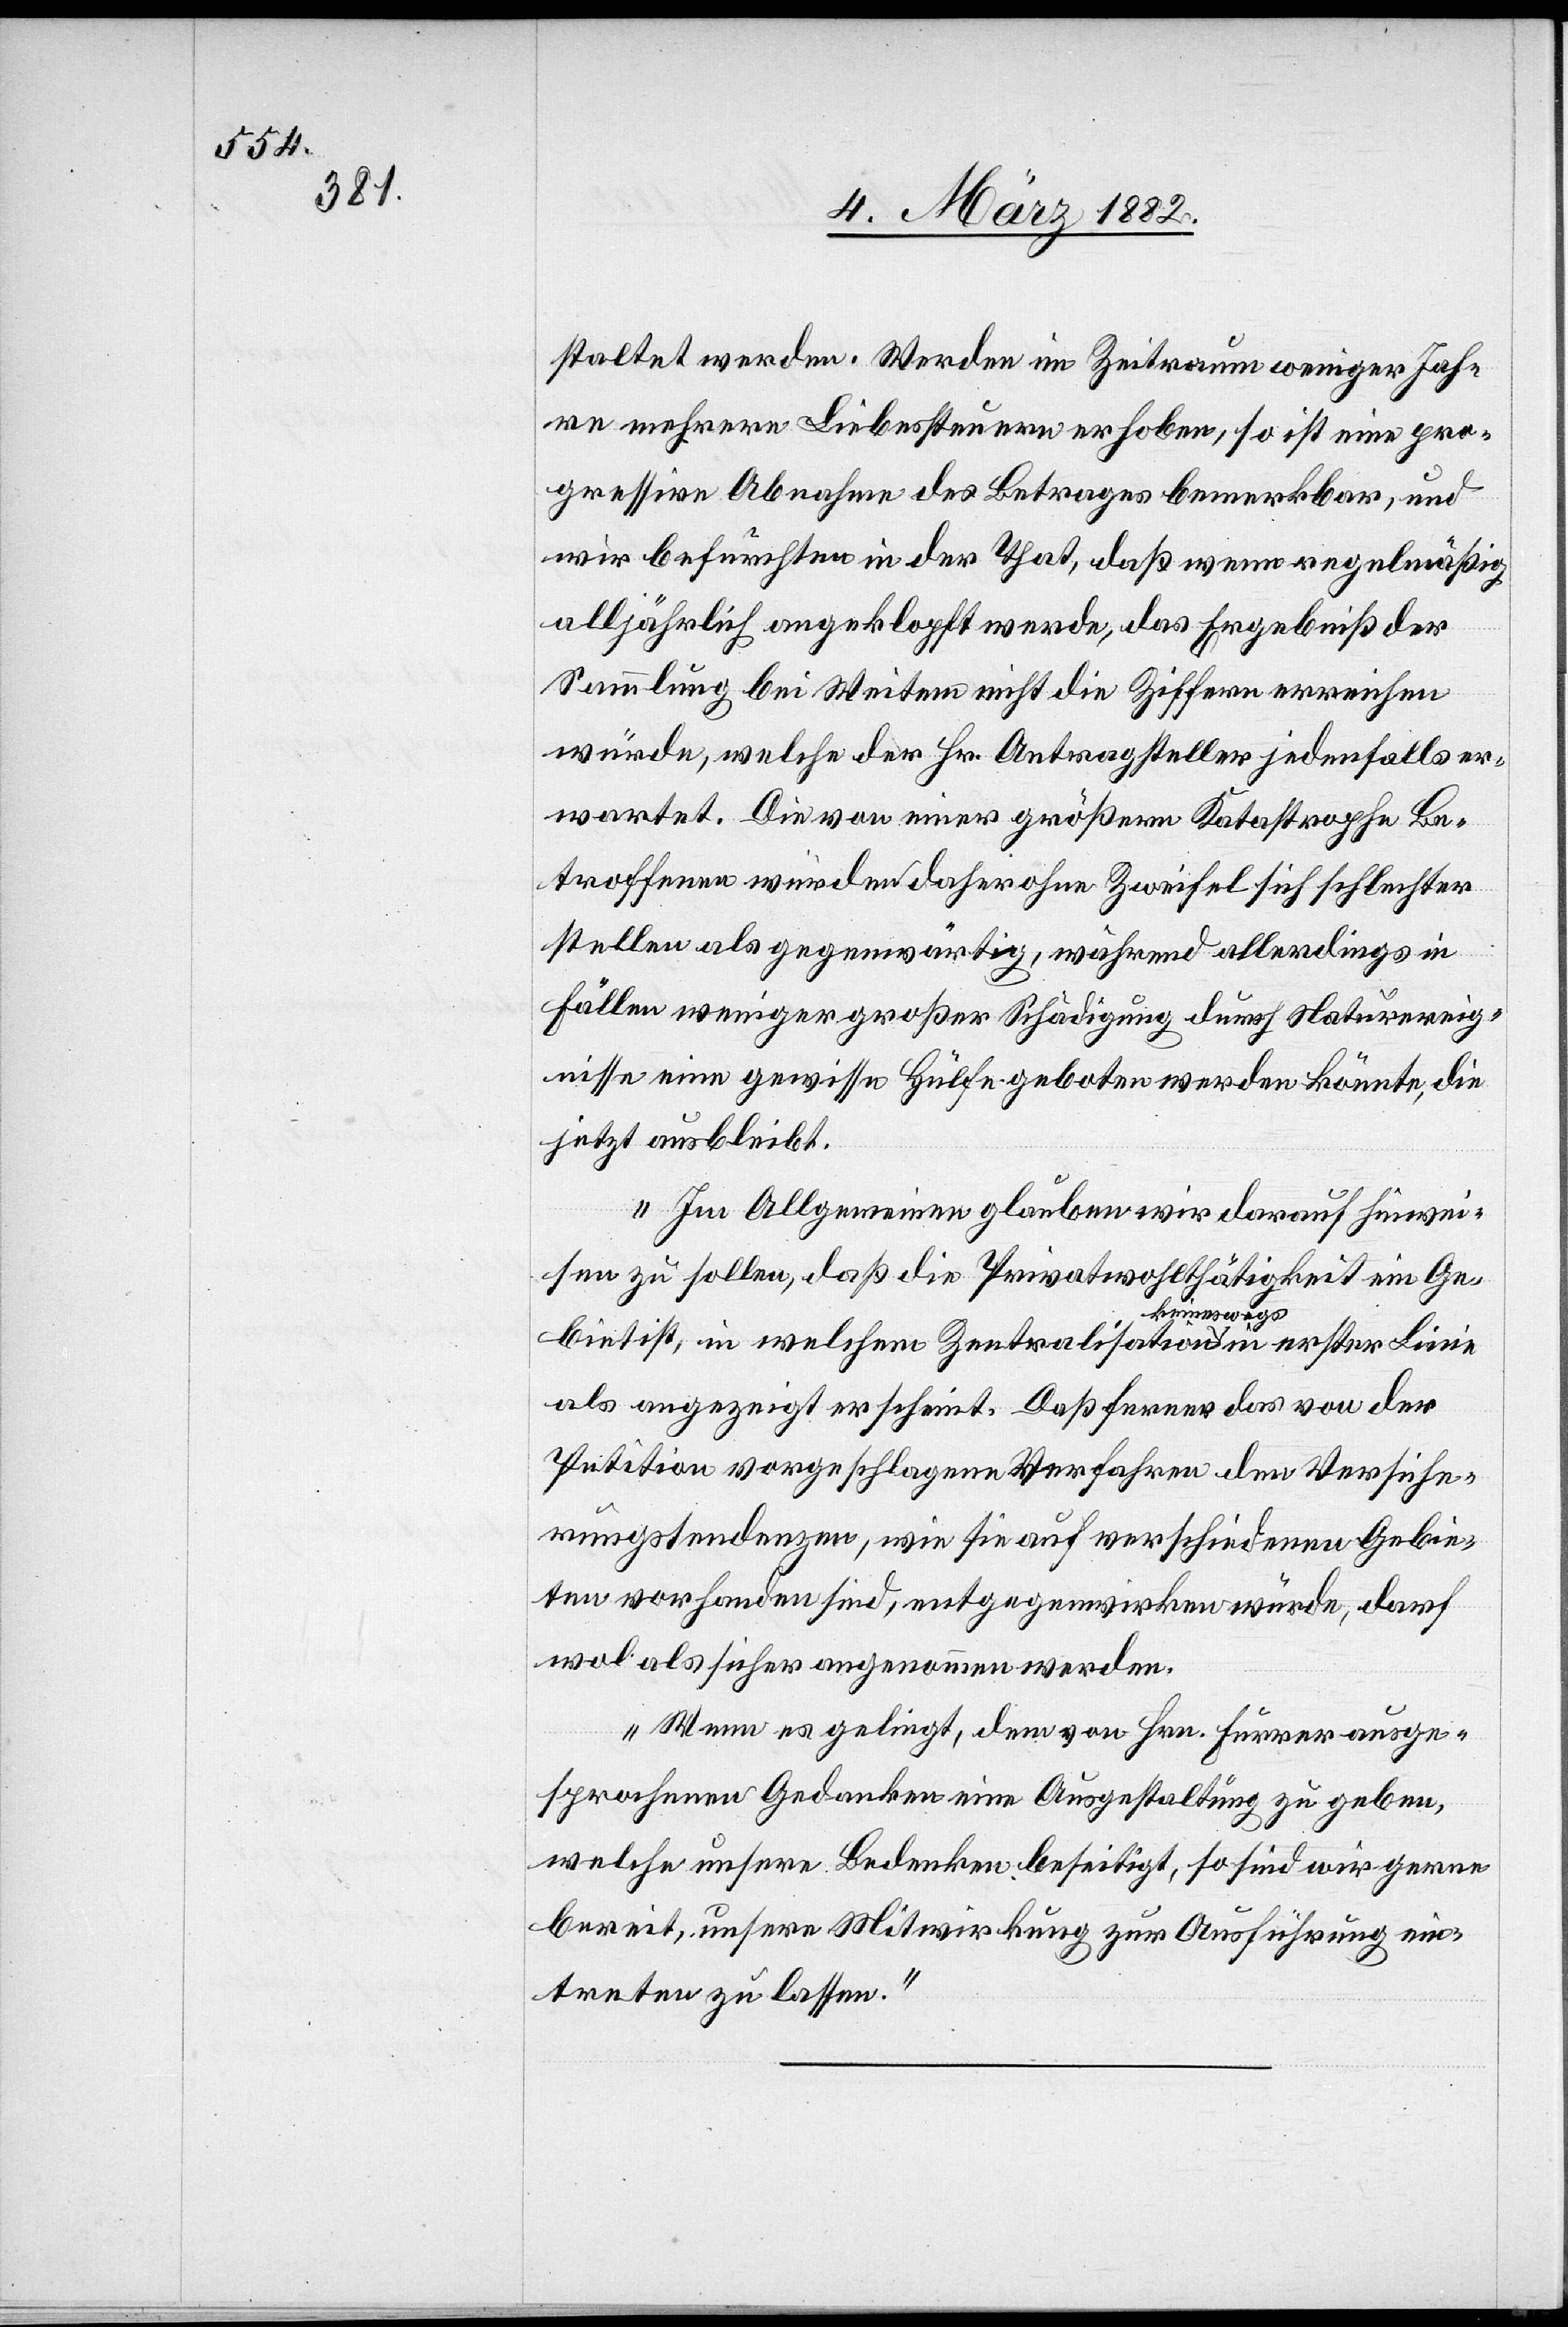
staltet werden. Werden im Zeitraum weniger Jah¬
re mehrere Liebessteuern erhoben, so ist eine pro¬
gressive Abnahme des Betrages bemerkbar, und
wir befürchten in der That, daß wenn regelmäßig
alljährlich angeklopft werde, das Ergebniß der
Sammlung bei Weitem nicht die Ziffern erreichen
würde, welche der Hr. Antragsteller jedenfalls er¬
wartet. Die von einer größern Katastrophe Bet¬
Fällen weniger großer Schädigung durch Naturereig¬
nisse eine gewisse Hülfe geboten werden könnte, die
jetzt ausbleibt.
Im Allgemeinen glauben wir darauf hinwei¬
sen zu sollen, daß die Privatwohltätigkeit ein Ge¬
roffenen als
biet ist, in welchem Zentralisation keineswegs in erster Linie
als angezeigt erscheint. Daß ferner das von der
Petition vorgeschlagene Verfahren den Versiche¬
rungstendenzen, wie sie auf verschiedenen Gebie¬
ten vorhanden sind, entgegenwirken würde, darf
wol als sicher angenommen werden.
Wenn es gelingt, dem von Hrn. Furrer ausge¬
sprochenen Gedanken eine Ausgestaltung zu geben,
welche unsere Bedenken beseitigt, so sind wir gerne
bereit, unsere Mitwirkung zur Ausführung ein¬
treten zu lassen.“